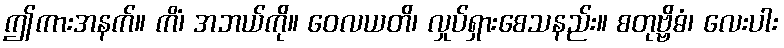
ဤကားအနက်။ ကိံ၊ အဘယ်ကို။ ဝေလယတိ၊ လှုပ်ရှားစေသနည်း။ စတုဗ္ဗိဓံ၊ လေးပါး